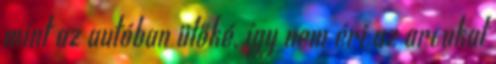
mint az autóban ülőké, így nem éri az arcukat